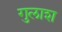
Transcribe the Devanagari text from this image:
गुलाश